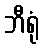
ဘီရုံ